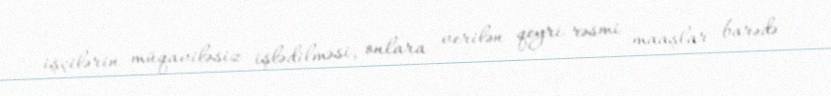
işçilərin müqaviləsiz işlədilməsi, onlara verilən qeyri-rəsmi maaşlar barədə